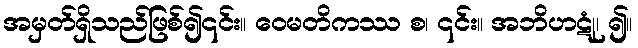
အမှတ်ရှိသည်ဖြစ်၍၎င်း။ ဝေမတိကဿ စ၊ ၎င်း။ အဘိဟဋုံ၊ ၍။